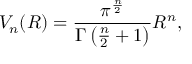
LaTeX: V _ { n } ( R ) = { \frac { \pi ^ { \frac { n } { 2 } } } { \Gamma \left( { \frac { n } { 2 } } + 1 \right) } } R ^ { n } ,